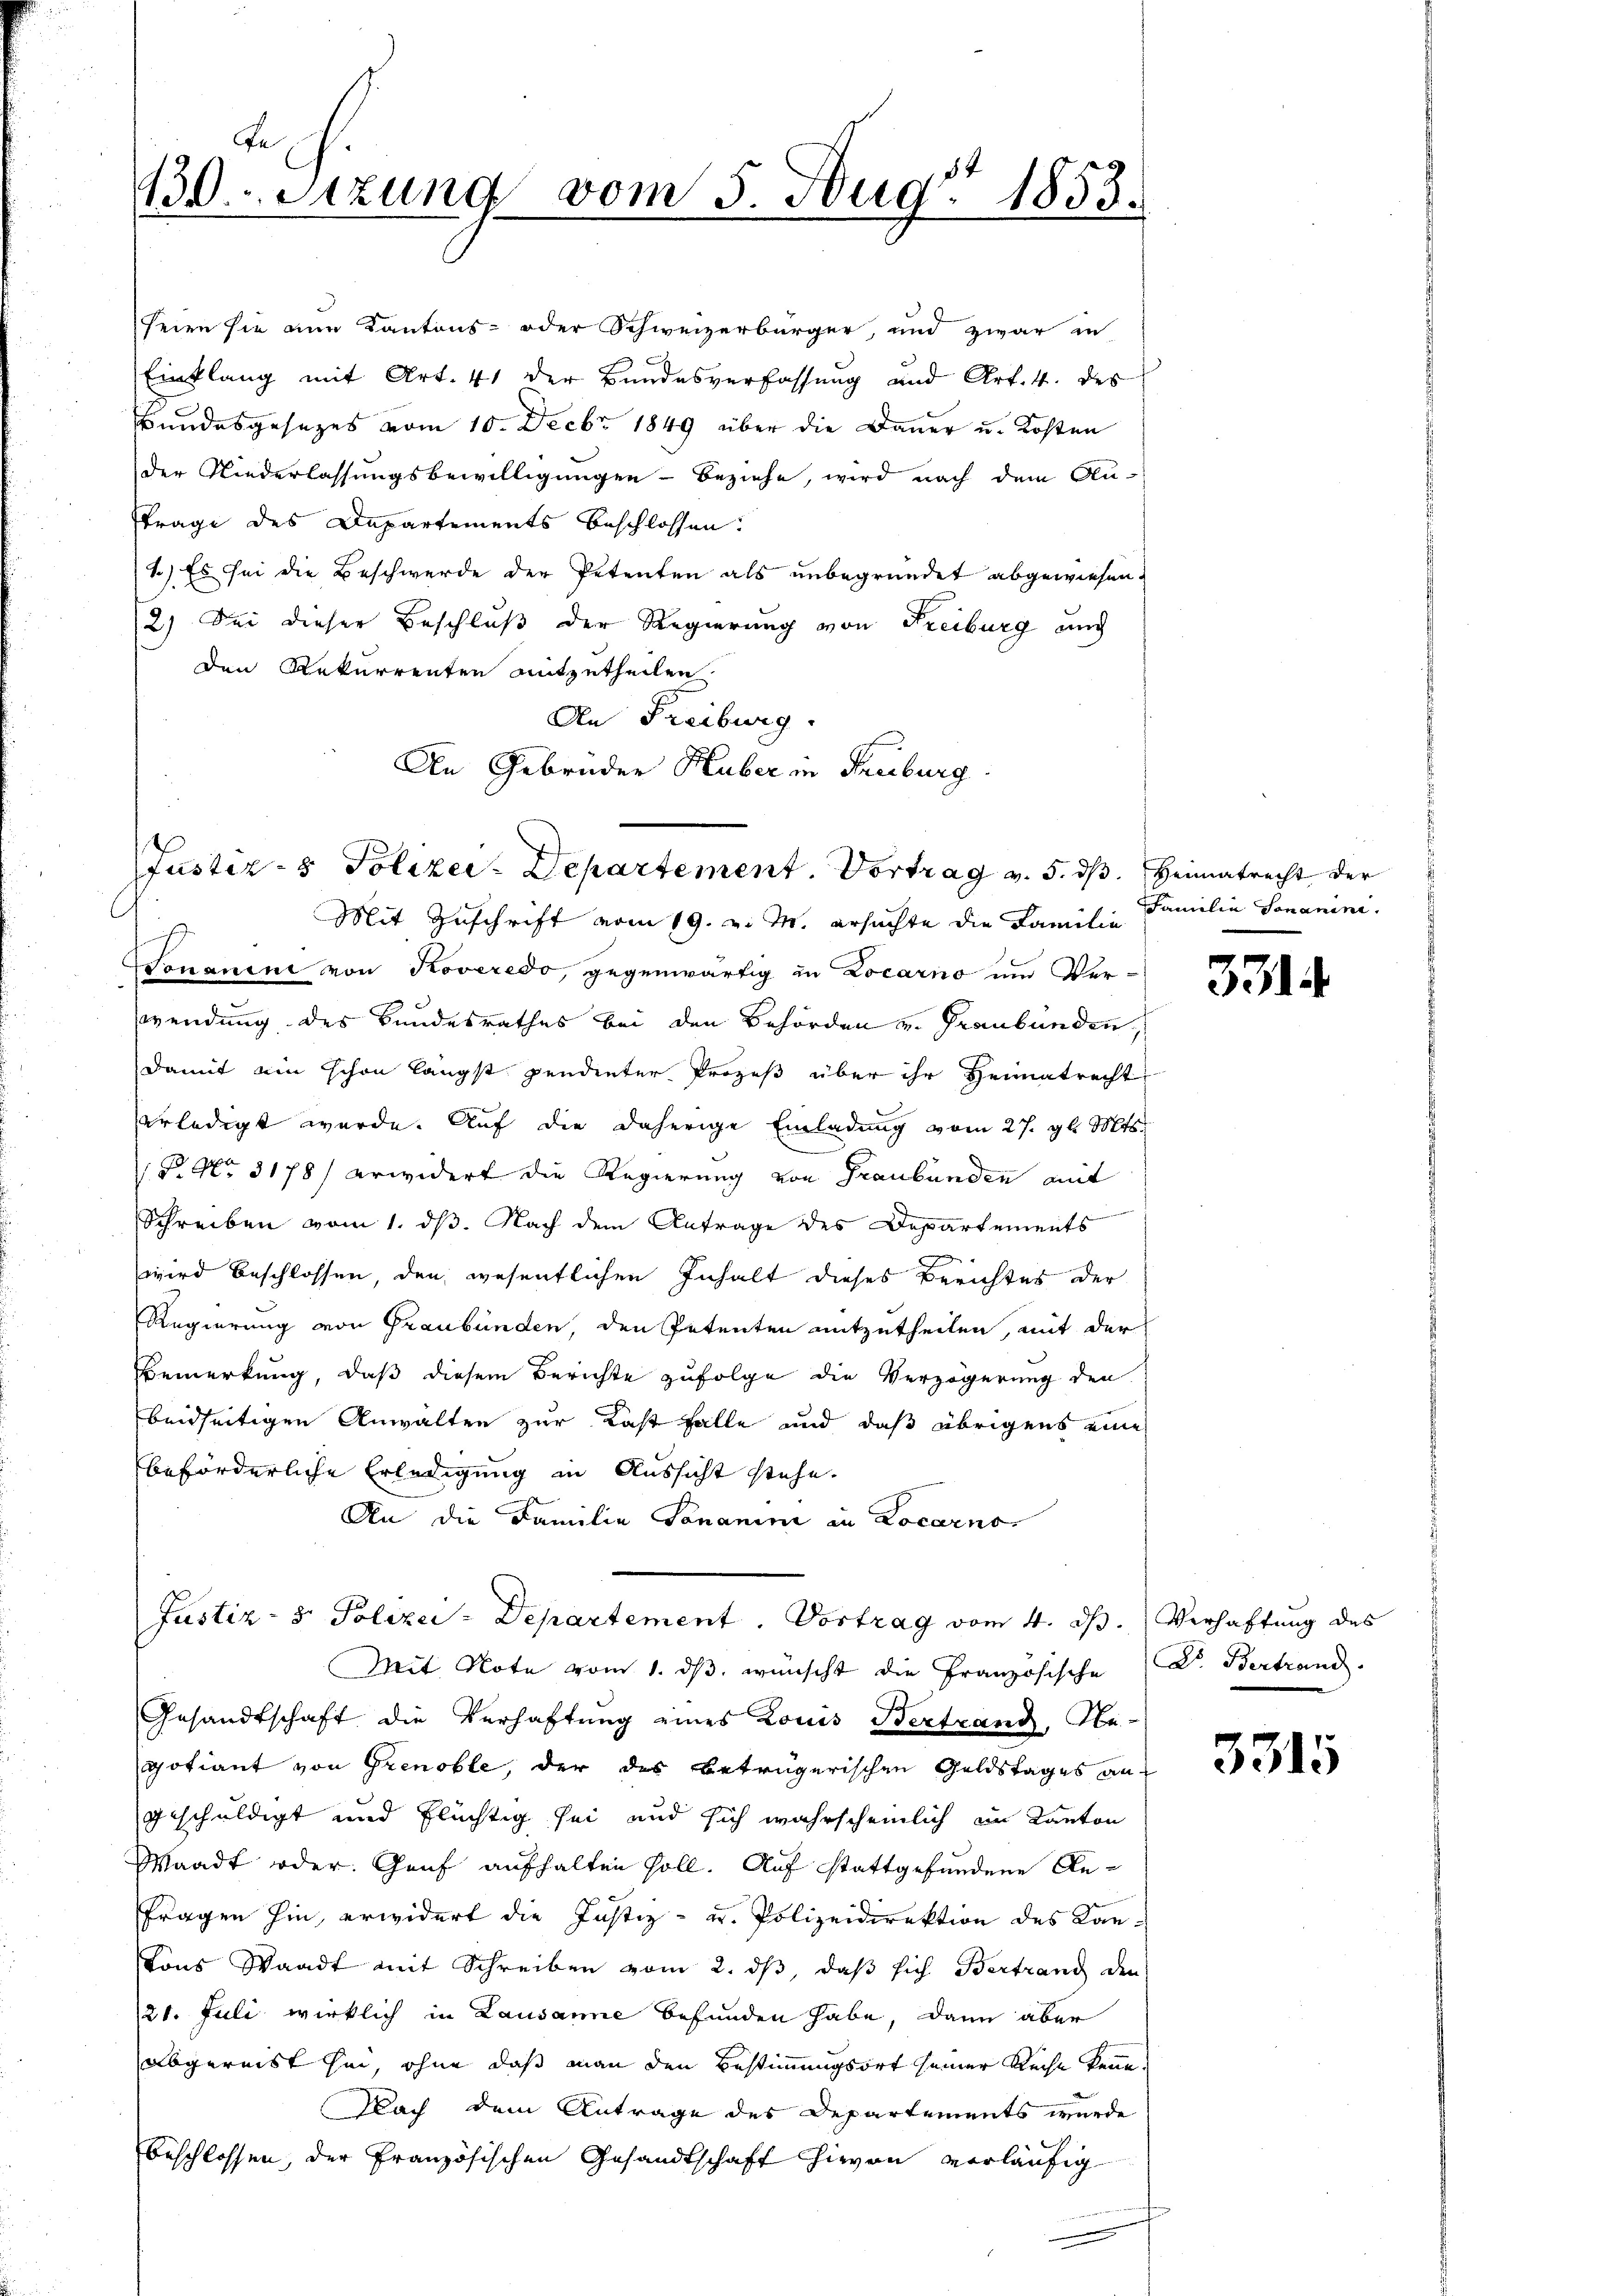
130. Sitzung vom 5. Aug 1853.

seien sie ain Kantons- oder Schweizerbürger, und zwar in
Einklang mit Art. 41 der Bundesverfassung und Art. 4. des
Bundesgesezes vom 10. Decbr 1849 über die Dauer u. Kosten
der Niederlassungsbewilligungen - beziehe, wird nach dem Au-
Träge des Departements beschlossen:
1.) Es sei die Beschwerde der Petenten als unbegründet abgewiesen.
2.) Sei dieser Beschluß der Regierung von Freiburg und
den Rekurrenten mitzutheilen.
An Freiburg.
An Gebrüder Huber in Freiburg.
Mit Zuschrift vom 19. v. M. ersuchte die Familie
 nicht
Nonanini von Roveredo, gegenwärtig in Locarno und Ver-
wendung des Bundesrathes bei den Behörden v. Graubünden,
damit ein schon längst pendenter Prozeß über ihr Heimatrecht
erledigt wurde. Auf die daherige Einladung vom 27. gl. Mts.
P. Nr. 3178) erwidert die Regierung von Graubünden mit
e
Schreiben vom 1. dß. Nach dem Antrage des Departements
wird beschlossen, den wesentlichen Inhalt dieses Berichtes der
Regierung von Graubünden, den Petenten mitzutheilen, mit der
Bemerkung, daß diesem Berichte zufolge die Verzögerung den
beidseitigen Anwalten zur Kast falle und daß übrigens eine
beförderliche Erledigung in Aussicht stehe.
An die Familie Sananini in Locarno,
Justiz- & Polizei-Departement. Vortrag vom 4. ds. Verhaftung des
Mit Note vom 1. ds. wünscht die Französische
Gesandtschaft die Verhaftung eines Louis Bertrand, Be-
gotiant von Grenoble, der des beträgerischen Geldstages an
geschuldigt und flüchtig sei und sich wahrscheinlich im Kanton
Waadt oder Genf aufhalten soll. Auf stattgefundene An¬
Fragen hin, erwidert die Justiz- u. Polizeidirektion des Kan¬
Cons Waadt mit Schreiben vom 2. ds, daß sich Bertrang den
21. Juli wirklich in Lausanne befunden habe, dann aber
abgereist sei, ohne daß man den Bestimmungsort seiner Reihe kenne.
Nach dem Antrage des Departements wurde
beschlossen, der Französischen Gesandtschaft hievon vorläufig

Justiz- & Polizei-Departement. Vortrag v. 5. ds. Heimatrecht der

Familie Jonanime.

331

D. Bertrand.

3315